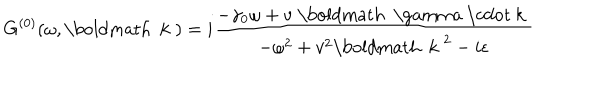
G ^ { ( 0 ) } ( \omega , \mathrm { \boldmath ~ k ~ } ) = i \frac { - \gamma _ { 0 } \omega + v \; \mathrm { \boldmath ~ \ g a m m a ~ \cdot ~ k ~ } } { - \omega ^ { 2 } + v ^ { 2 } \mathrm { \boldmath ~ k ~ } ^ { 2 } - i \epsilon }